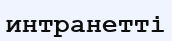
интранетті